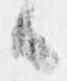
候